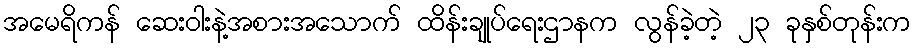
အမေရိကန် ဆေးဝါးနဲ့အစားအသောက် ထိန်းချုပ်ရေးဌာနက လွန်ခဲ့တဲ့ ၂၃ ခုနှစ်တုန်းက